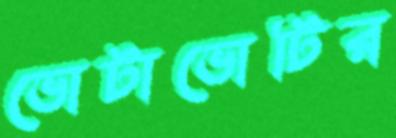
ভোটাভোটির